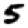
Digit: 5